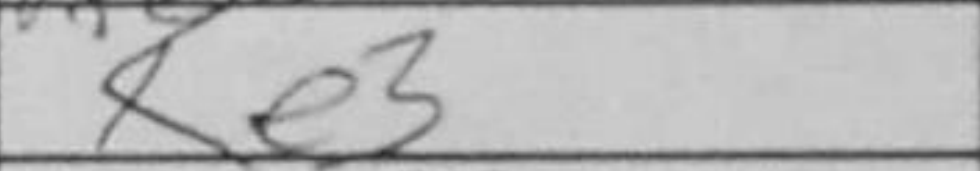
Transcription: Ke3